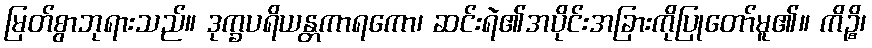
မြတ်စွာဘုရားသည်။ ဒုက္ခပရိယန္တကာရကော၊ ဆင်းရဲ၏အပိုင်းအခြားကိုပြုတော်မူ၏။ ကိဉ္စိ၊